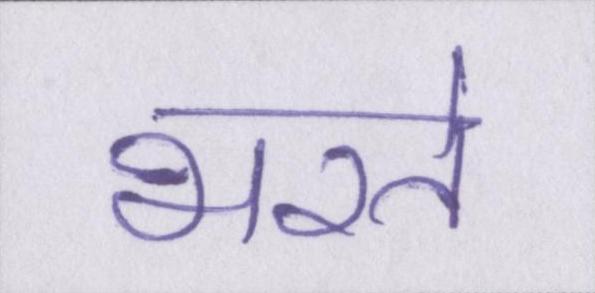
भरते